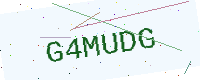
Text: G4MUDG